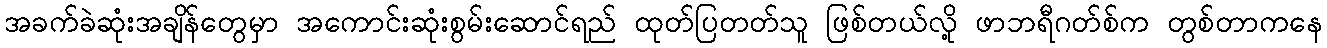
အခက်ခဲဆုံးအချိန်တွေမှာ အကောင်းဆုံးစွမ်းဆောင်ရည် ထုတ်ပြတတ်သူ ဖြစ်တယ်လို့ ဖာဘရီဂတ်စ်က တွစ်တာကနေ